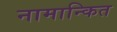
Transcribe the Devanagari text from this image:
नामान्कित